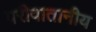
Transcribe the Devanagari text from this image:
परीवातानीय